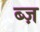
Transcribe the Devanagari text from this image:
ब्ज़